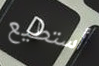
أستطيع